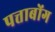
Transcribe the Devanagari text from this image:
पत्ताबोंग